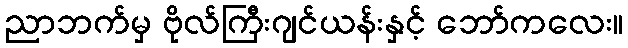
ညာဘက်မှ ဗိုလ်ကြီးဂျင်ယန်းနှင့် ဘော်ကလေး။